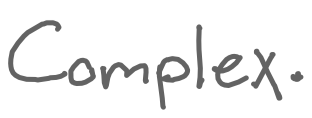
Text: Complex.
Cross-out: clean
Writing tool: digital_gray